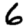
Digit: 6